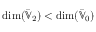
\dim ( \bar { \mathbb { V } } _ { 2 } ) < \dim ( \bar { \mathbb { V } } _ { 0 } )